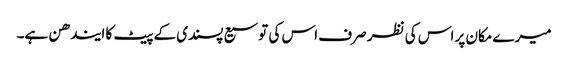
میرے مکان پر اس کی نظر صرف اس کی توسیع پسندی کے پیٹ کا ایندھن ہے۔